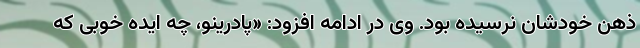
ذهن خودشان نرسیده بود. وی در ادامه افزود: «پادرینو، چه ایده خوبی که